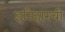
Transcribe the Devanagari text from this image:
इतिहास्ची